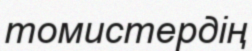
томистердің